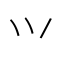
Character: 𭕄